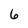
Character: 6